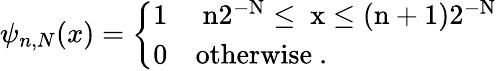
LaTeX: \psi_{n,N}(x)=\left\{ \begin{array}{ll}{{1}}&{{\mathrm{~n2^{-N}\leq~x\leq(n+1)2^{-N}~}}}\\ {{0}}&{{\mathrm{otherwise~.}}}\end{array}\right.